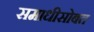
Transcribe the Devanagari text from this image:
समाधीसोबत